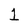
Character: 1